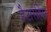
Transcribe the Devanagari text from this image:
हैटार्सहेम